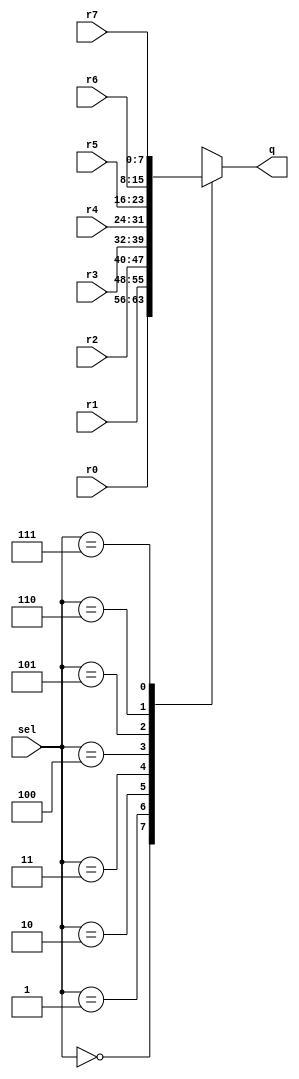
`timescale 1ns / 1ps
//////////////////////////////////////////////////////////////////////////////////
// Company: 
// Engineer: 
// 
// Design Name: 
// Module Name: mux8
// Project Name: 
// Target Devices: 
// Tool Versions: 
// Description: 
// 
// Dependencies: 
// 
// Revision:
// Revision 0.01 - File Created
// Additional Comments:
// 
//////////////////////////////////////////////////////////////////////////////////


module mux8(
    output reg [7:0] q,
    input wire [2:0] sel,
    input wire [7:0] r0, r1, r2, r3, r4, r5, r6, r7
);
  always @(*) begin
      case (sel)
        3'b000 : q[7:0] = r0[7:0];
        3'b001 : q[7:0] = r1[7:0];
        3'b010 : q[7:0] = r2[7:0];
        3'b011 : q[7:0] = r3[7:0];
        3'b100 : q[7:0] = r4[7:0];
        3'b101 : q[7:0] = r5[7:0];
        3'b110 : q[7:0] = r6[7:0];
        3'b111 : q[7:0] = r7[7:0];
        default: q[7:0] = 8'b00000000;
      endcase
  end
endmodule